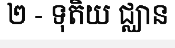
២ - ទុតិយ ជ្ឈាន